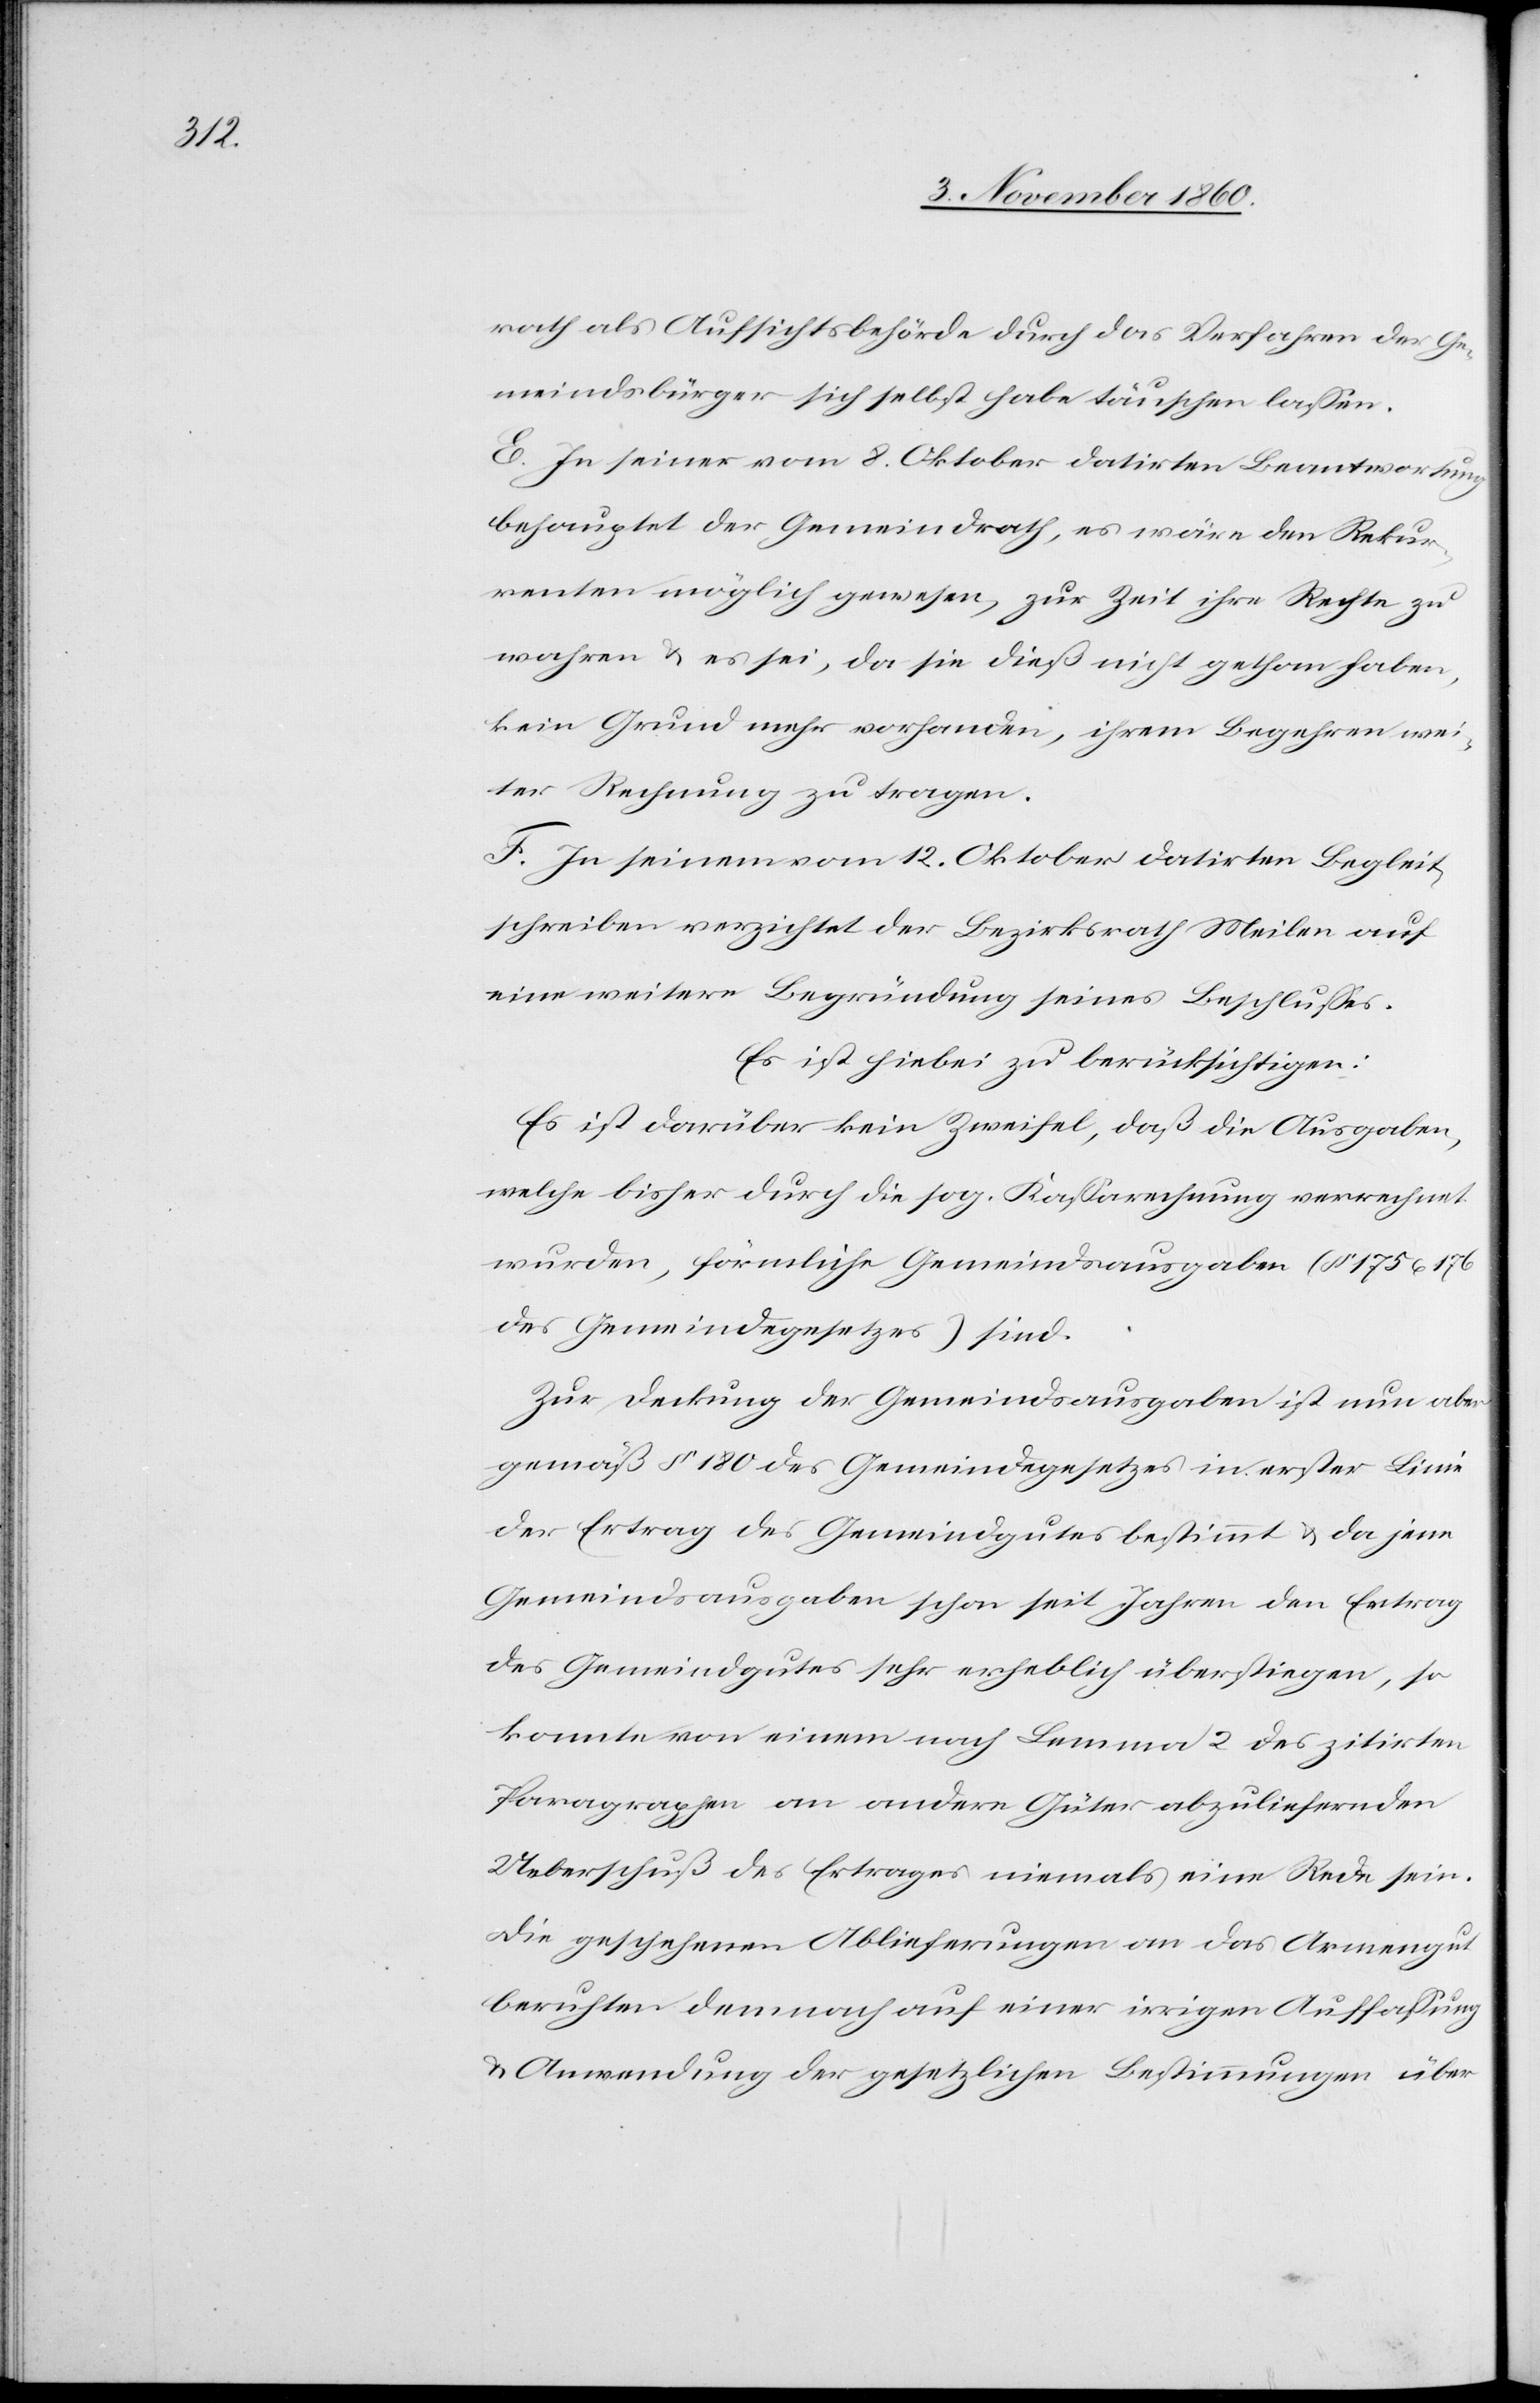
rath als Aufsichtsbehörde durch das Verfahren der Ge¬
meindsbürger sich selbst habe täuschen lassen.
E. In seiner vom 8. Oktober datirten Beantwortung
behauptet der Gemeindrath, es wäre den Rekur¬
renten möglich gewesen, zur Zeit ihre Rechte zu
wahren u. es sei, da sie dieß nicht gethan haben,
kein Grund mehr vorhanden, ihrem Begehren wei¬
ter Rechnung zu tragen.
F. In seinem vom 12. Oktober datirten Begleit¬
schreiben verzichtet der Bezirksrath Meilen auf
eine weitere Begründung seines Beschlusses.
Es ist hiebei zu berücksichtigen:
Es ist darüber kein Zweifel, daß die Ausgaben,
welche bisher durch die sog. Kassarechnung verrechnet
wurden, förmliche Gemeindsausgaben (§ 175 u.
des Gemeindegesetzes) sind.
Zur Deckung der Gemeindsausgaben ist nun aber
gemäß § 180 des Gemeindegesetzes in erster Linie
der Ertrag des Gemeindgutes bestimmt u. da jene
Gemeindsausgaben schon seit Jahren den Ertrag
des Gemeindgutes sehr erheblich überstiegen, so
konnte von einem nach Lemma 2 des zitirten
Paragraphen an andere Güter abzuliefernden
Ueberschuß des Ertrages niemals eine Rede sein.
Die geschehenen Ablieferungen an das Armengut
beruhten demnach auf einer irrigen Auffassung
u. Anwendung der gesetzlichen Bestimmungen über